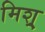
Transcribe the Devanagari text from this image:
मिश्र्